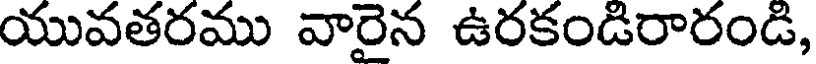
యువతరము వారైన ఉరకండిరారండి,